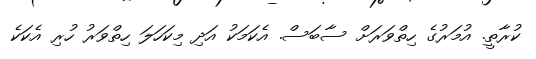
ކުރާތީ. އުމަރުގެ ހިތްވަރަށް ސާބަސް. އެކަމަކު އަދި މިކަހަލަ ހިތްވަރު ހުރި އެކަކެ